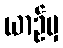
ယာဉ်မှ